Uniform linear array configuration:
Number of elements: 64
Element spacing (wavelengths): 0.75
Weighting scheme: exponential
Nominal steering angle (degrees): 30
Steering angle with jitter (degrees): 30.571
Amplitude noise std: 0.05
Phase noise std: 0.05

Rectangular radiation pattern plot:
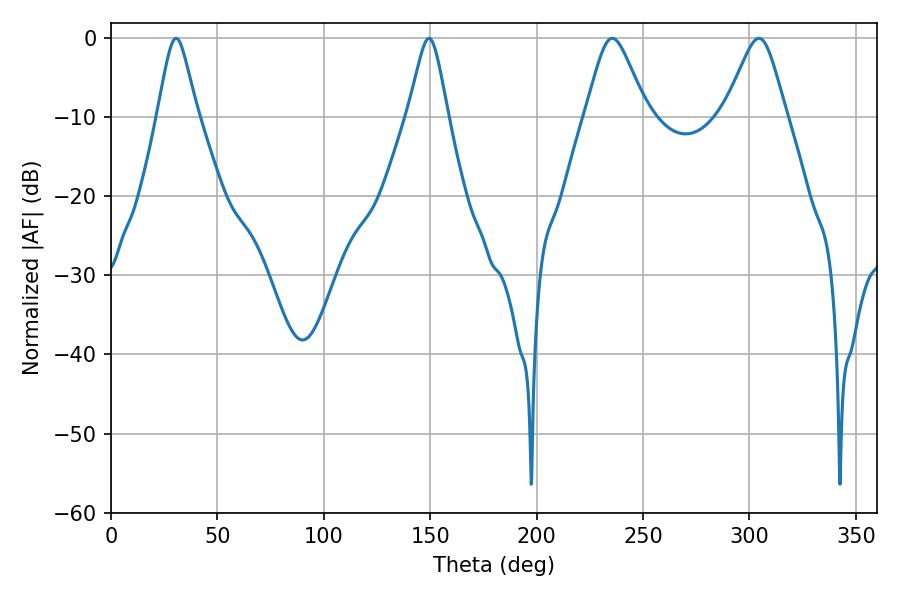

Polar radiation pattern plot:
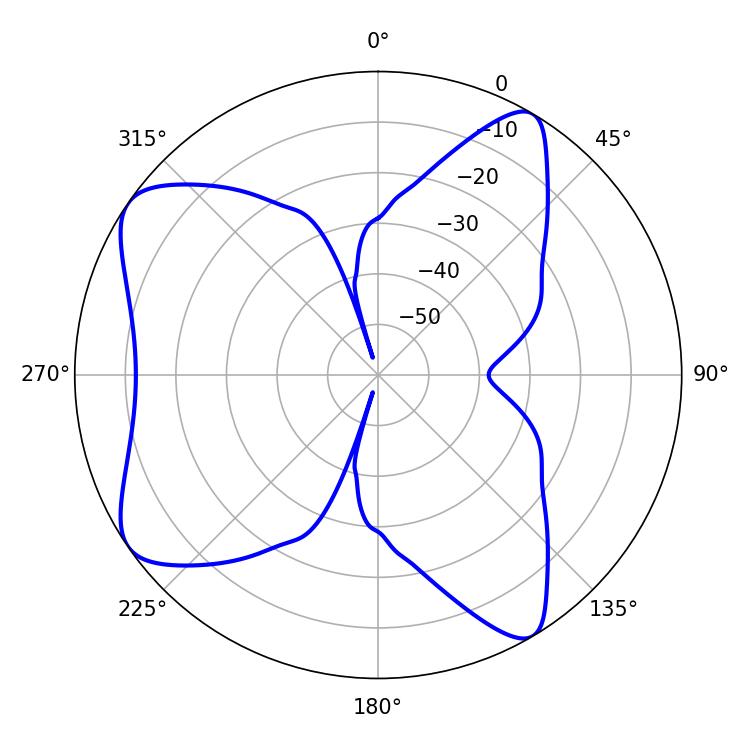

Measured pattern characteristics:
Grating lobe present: TRUE
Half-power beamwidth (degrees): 9
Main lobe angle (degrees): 30.6